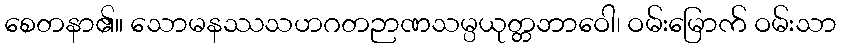
စေတနာ၏။ သောမနဿသဟဂတဉာဏသမ္ပယုတ္တဘာဝေါ၊ ဝမ်းမြောက် ဝမ်းသာ